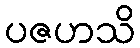
ပဇဟသိ